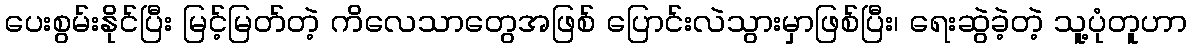
ပေးစွမ်းနိုင်ပြီး မြင့်မြတ်တဲ့ ကိလေသာတွေအဖြစ် ပြောင်းလဲသွားမှာဖြစ်ပြီး၊ ရေးဆွဲခဲ့တဲ့ သူ့ပုံတူဟာ